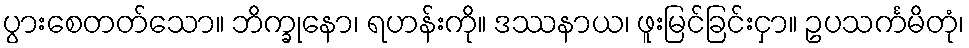
ပွားစေတတ်သော။ ဘိက္ခုနော၊ ရဟန်းကို။ ဒဿနာယ၊ ဖူးမြင်ခြင်းငှာ။ ဥပသင်္ကမိတုံ၊